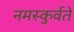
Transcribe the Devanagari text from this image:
नमस्कुर्वते